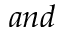
a n d